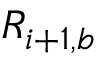
R _ { i + 1 , b }